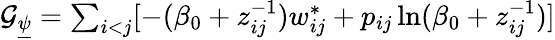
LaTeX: \begin{array}{r}{\mathcal{G}_{\underline{{\psi}}}=\sum_{i<j}[-(\beta_{0}+z_{ij}^{-1})w_{ij}^{*}+p_{ij}\ln(\beta_{0}+z_{ij}^{-1})]}\end{array}